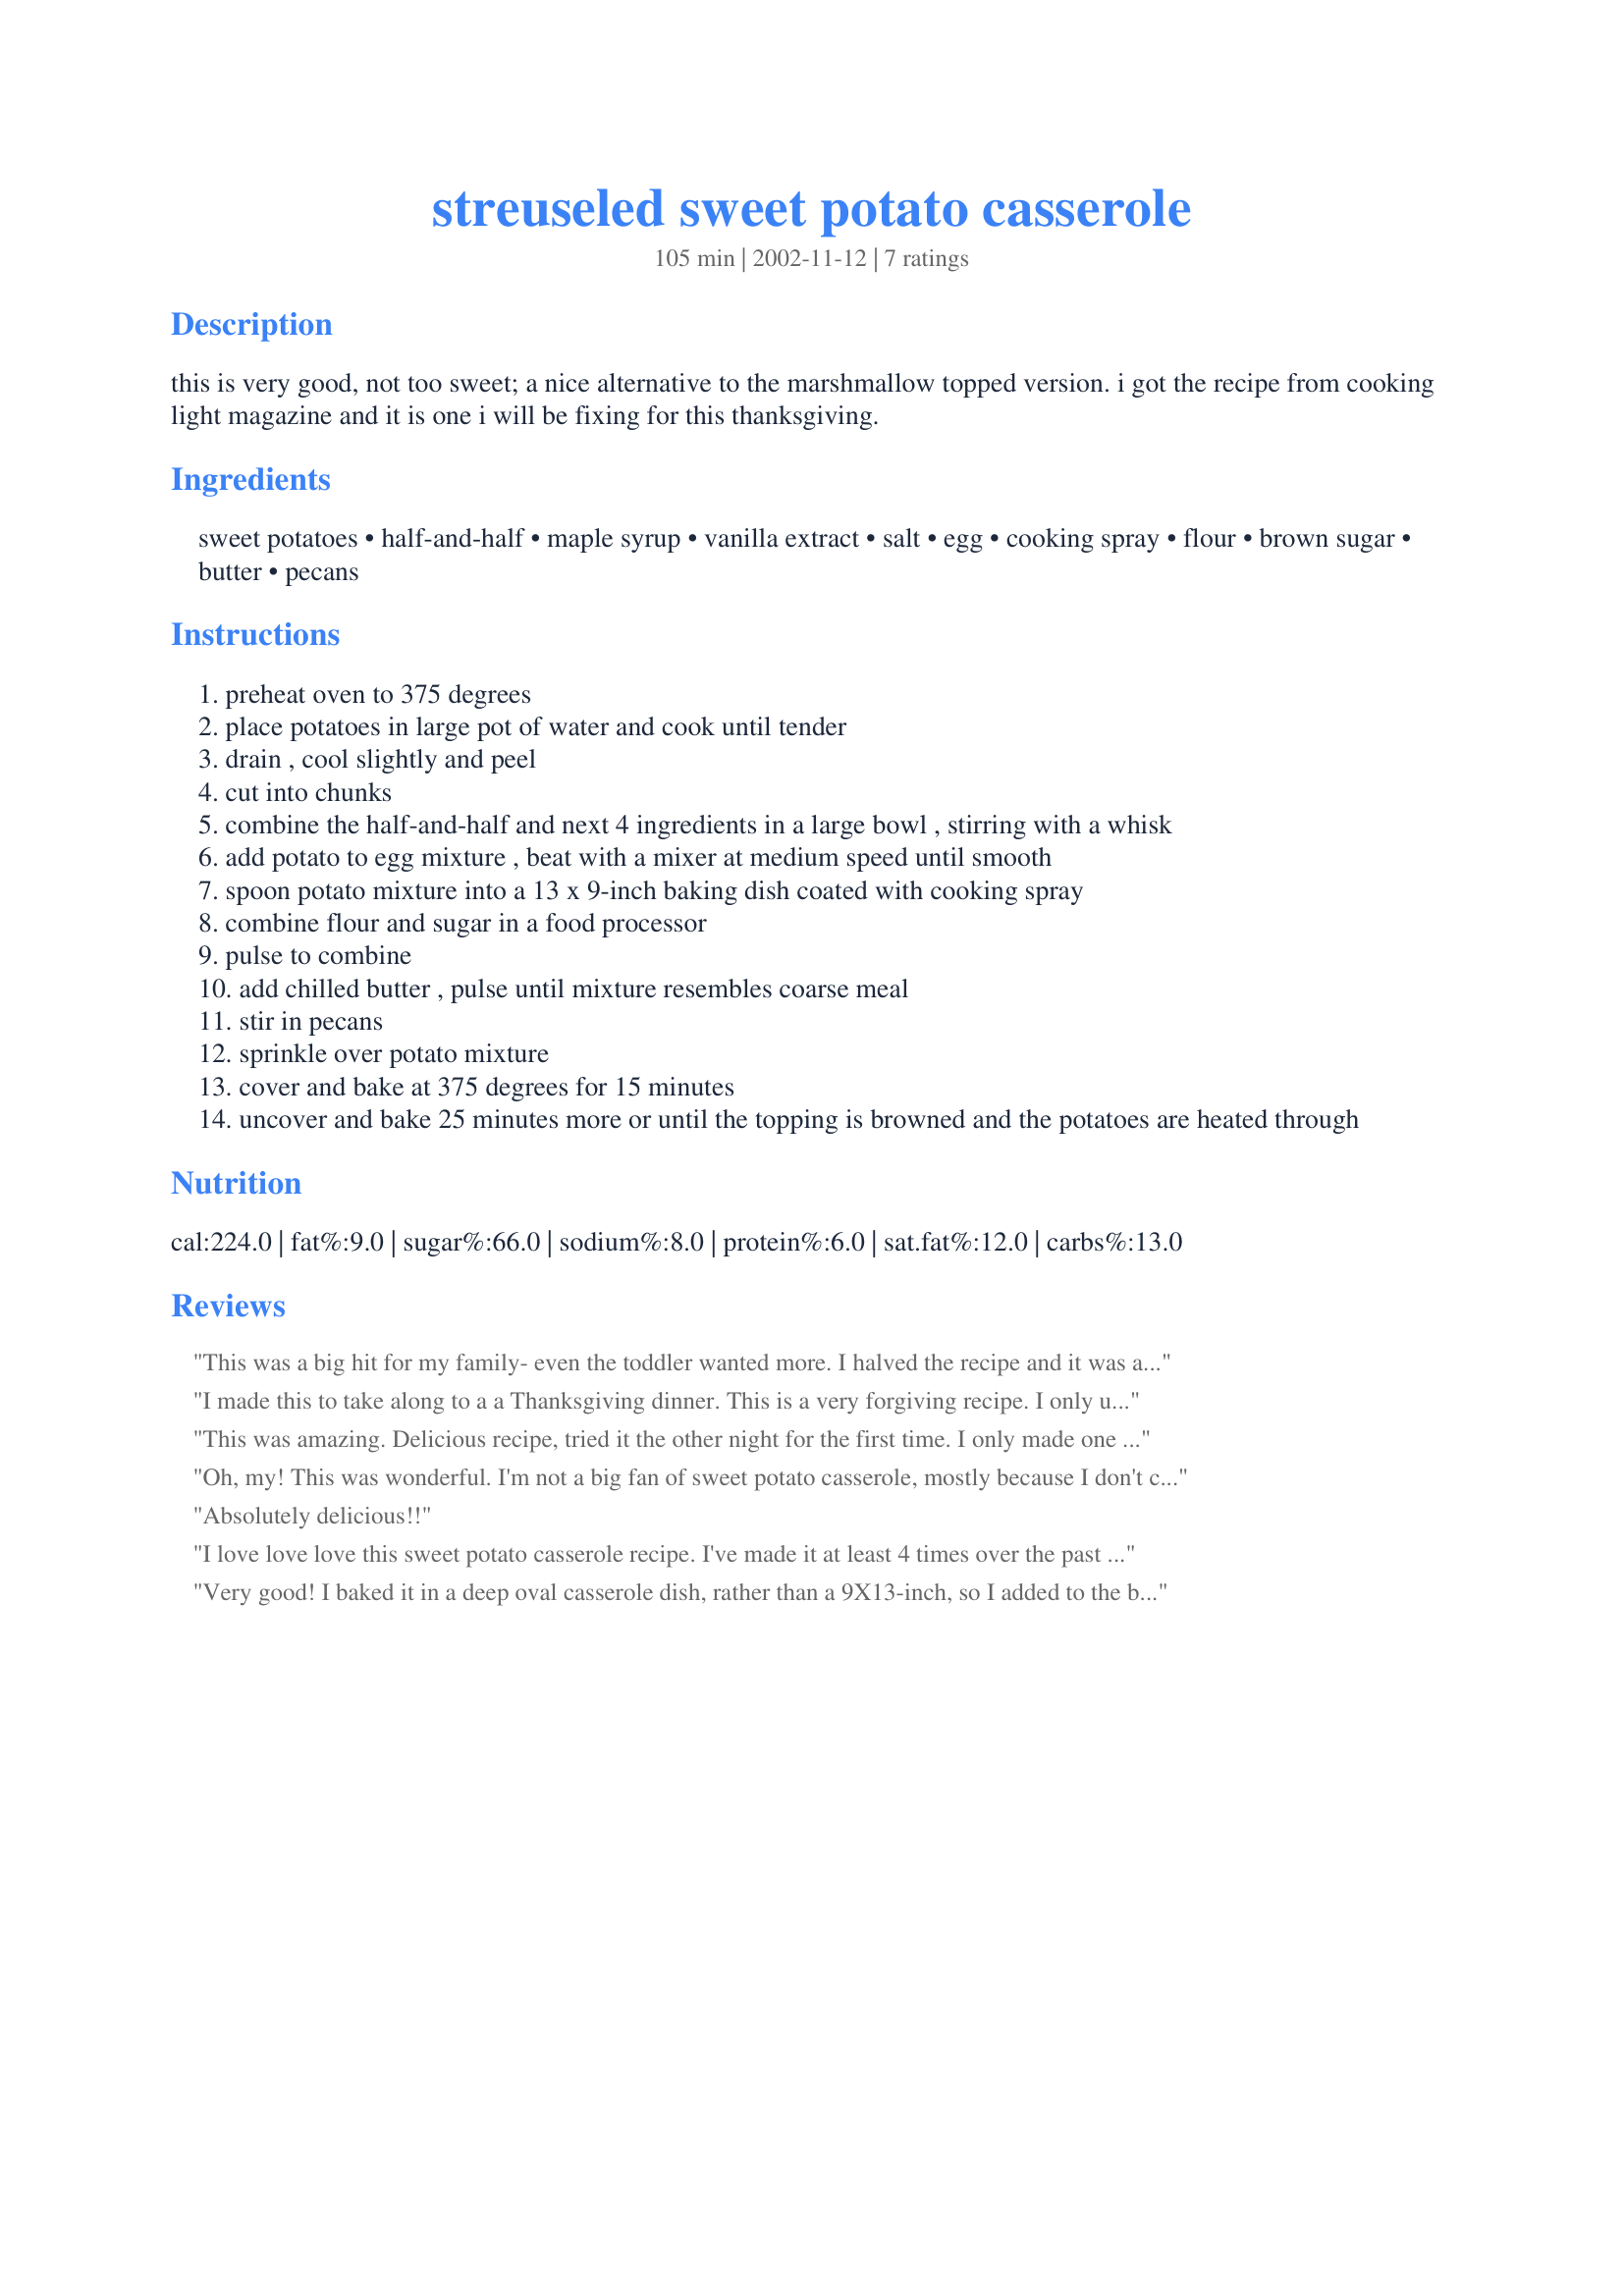
streuseled sweet potato casserole
Preparation time: 105 minutes

this is very good, not too sweet; a nice alternative to the marshmallow topped version. i got the recipe from cooking light magazine and it is one i will be fixing for this thanksgiving.

Ingredients:
sweet potatoes, half-and-half, maple syrup, vanilla extract, salt, egg, cooking spray, flour, brown sugar, butter, pecans

Steps:
preheat oven to 375 degrees
place potatoes in large pot of water and cook until tender
drain , cool slightly and peel
cut into chunks
combine the half-and-half and next 4 ingredients in a large bowl , stirring with a whisk
add potato to egg mixture , beat with a mixer at medium speed until smooth
spoon potato mixture into a 13 x 9-inch baking dish coated with cooking spray
combine flour and sugar in a food processor
pulse to combine
add chilled butter , pulse until mixture resembles coarse meal
stir in pecans
sprinkle over potato mixture
cover and bake at 375 degrees for 15 minutes
uncover and bake 25 minutes more or until the topping is browned and the potatoes are heated through

Reviews:
This was a big hit for my family- even the toddler wanted more. I halved the recipe and it was a perfect fit in my 8X8 casserole dish.
I made this to take along to a a Thanksgiving dinner. This is a very forgiving recipe. I only used 2 lbs of sweet potato, not 5 but I forgot and followed the recipe, including the topping, for 5 lbs - no worries, it was sweet but not icky sweet like the stuff with marshmallo topping. Then, my son tipped the casserole on the way to dinner - no worries, I just mixed-in the topping and it tasted fine. I'm sure it would have been even better without all the mistakes :).
This was amazing. Delicious recipe, tried it the other night for the first time. I only made one tweak...I added a couple TBS of sugar to the potato mixture to sweeten it up just a touch. Thank you for posting this. I will be making it again and again.
Oh, my! This was wonderful. I'm not a big fan of sweet potato casserole, mostly because I don't care for the marshmallow topping on most, but I'll make this recipe again and again. This topping was awesome and the potatoes light and fluffy. Thanks for sharing this scrumptious recipe.
Absolutely delicious!!
I love love love this sweet potato casserole recipe. I've made it at least 4 times over the past year. My topping is never as thick as the photo- so if you want a thick crust follow GaylaJ's recommendations. I don't mind the thinner crust and make it as written.
Very good! I baked it in a deep oval casserole dish, rather than a 9X13-inch, so I added to the baking time. The topping amount was about right for the dish I used, but I think if I were to use the 9X13 called for, I would increase the topping ingredients. This was a wonderful Thanksgiving side--thanks for posting!
